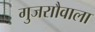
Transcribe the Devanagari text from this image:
गुजराौवाला